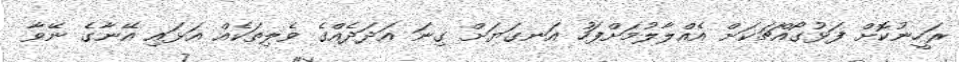
ރަހީނުކޮށް ފަޅުގޯއްޗަކަށް އެއްލާލުމަށްފަހު އަނގަޔަށް ގިނަ އަދަދެއްގެ ވެލިތަކެއް އަޅައި އޭނާގެ ނޭވާ